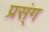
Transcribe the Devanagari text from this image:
प्रस्ंग